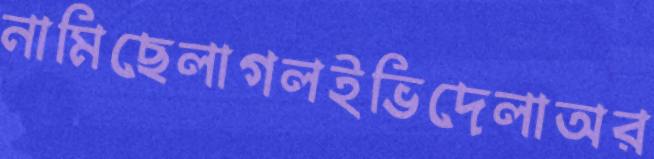
নামিছেলাগলইভিদেলাঅর